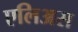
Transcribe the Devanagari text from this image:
एलिअस